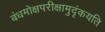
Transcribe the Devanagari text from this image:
बंधमोक्षपरीक्षामुदृंकयति